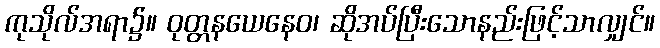
ကုသိုလ်အရာ၌။ ဝုတ္တနယေနေဝ၊ ဆိုအပ်ပြီးသောနည်းဖြင့်သာလျှင်။